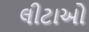
લીટાઓ